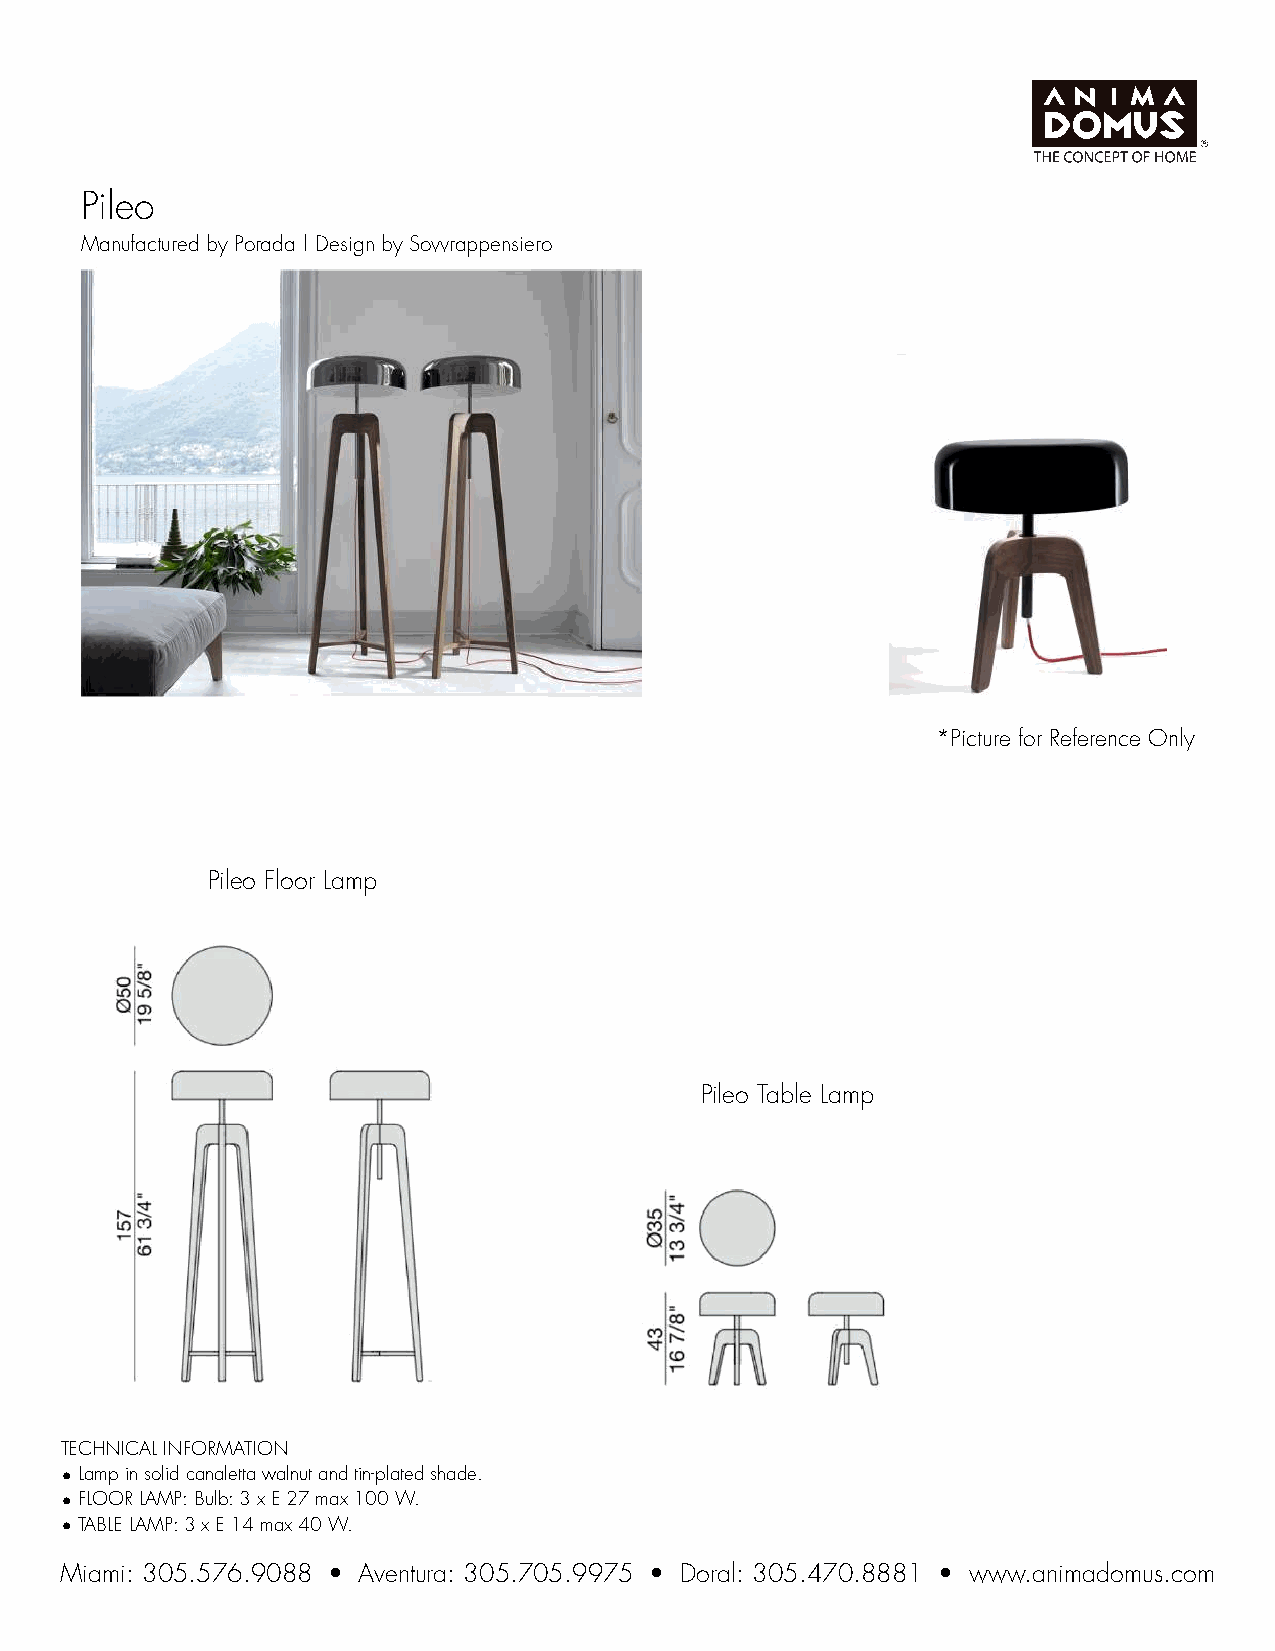
Pileo
 Manufactured by Porada | Design by Sovvrappensiero
 *Picture for Reference Only
 Pileo Floor Lamp
 Pileo Table Lamp
 TECHNICAL INFORMATION
 •Lamp in solid canaletta walnut and tin-plated shade.
 •FLOOR LAMP: Bulb: 3 x E 27 max 100 W.
 •TABLE LAMP: 3 x E 14 max 40 W.
 Miami: 305.576.9088 • Aventura: 305.705.9975 • Doral: 305.470.8881 • www.animadomus.com